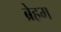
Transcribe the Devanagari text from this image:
ब्रेहम